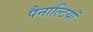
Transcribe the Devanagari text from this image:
पैनाल्टियों